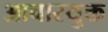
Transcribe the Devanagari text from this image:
आचारयुक्त